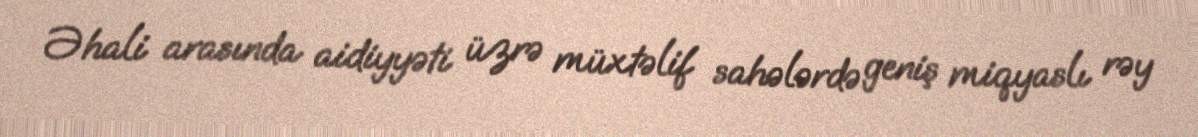
Əhali arasında aidiyyəti üzrə müxtəlif sahələrdə geniş miqyaslı rəy